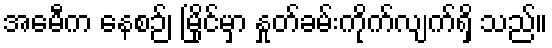
အေမီက နေစဉ်၊ မြိုင်မှာ နှုတ်ခမ်းကိုက်လျက်ရှိ သည်။